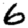
Digit: 6